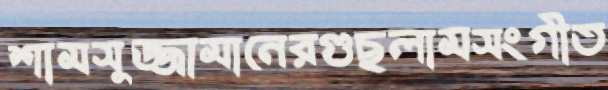
শামসুজ্জামানেরগুছলামসংগীত